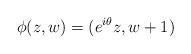
LaTeX: \begin{align*} \phi(z,w)=(e^{i\theta}z,w+1) \end{align*}